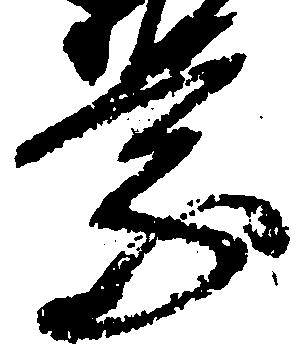
乗